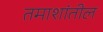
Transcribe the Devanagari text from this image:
तमाशांतील